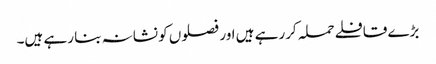
بڑے قافلے حملہ کررہے ہیں اور فصلوں کو نشانہ بنا رہے ہیں۔